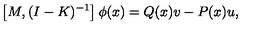
\left[ M , ( I - K ) ^ { - 1 } \right] \phi ( x ) = Q ( x ) v - P ( x ) u ,